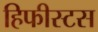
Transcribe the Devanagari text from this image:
हिफीस्टस